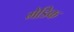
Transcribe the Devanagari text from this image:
मेडिक